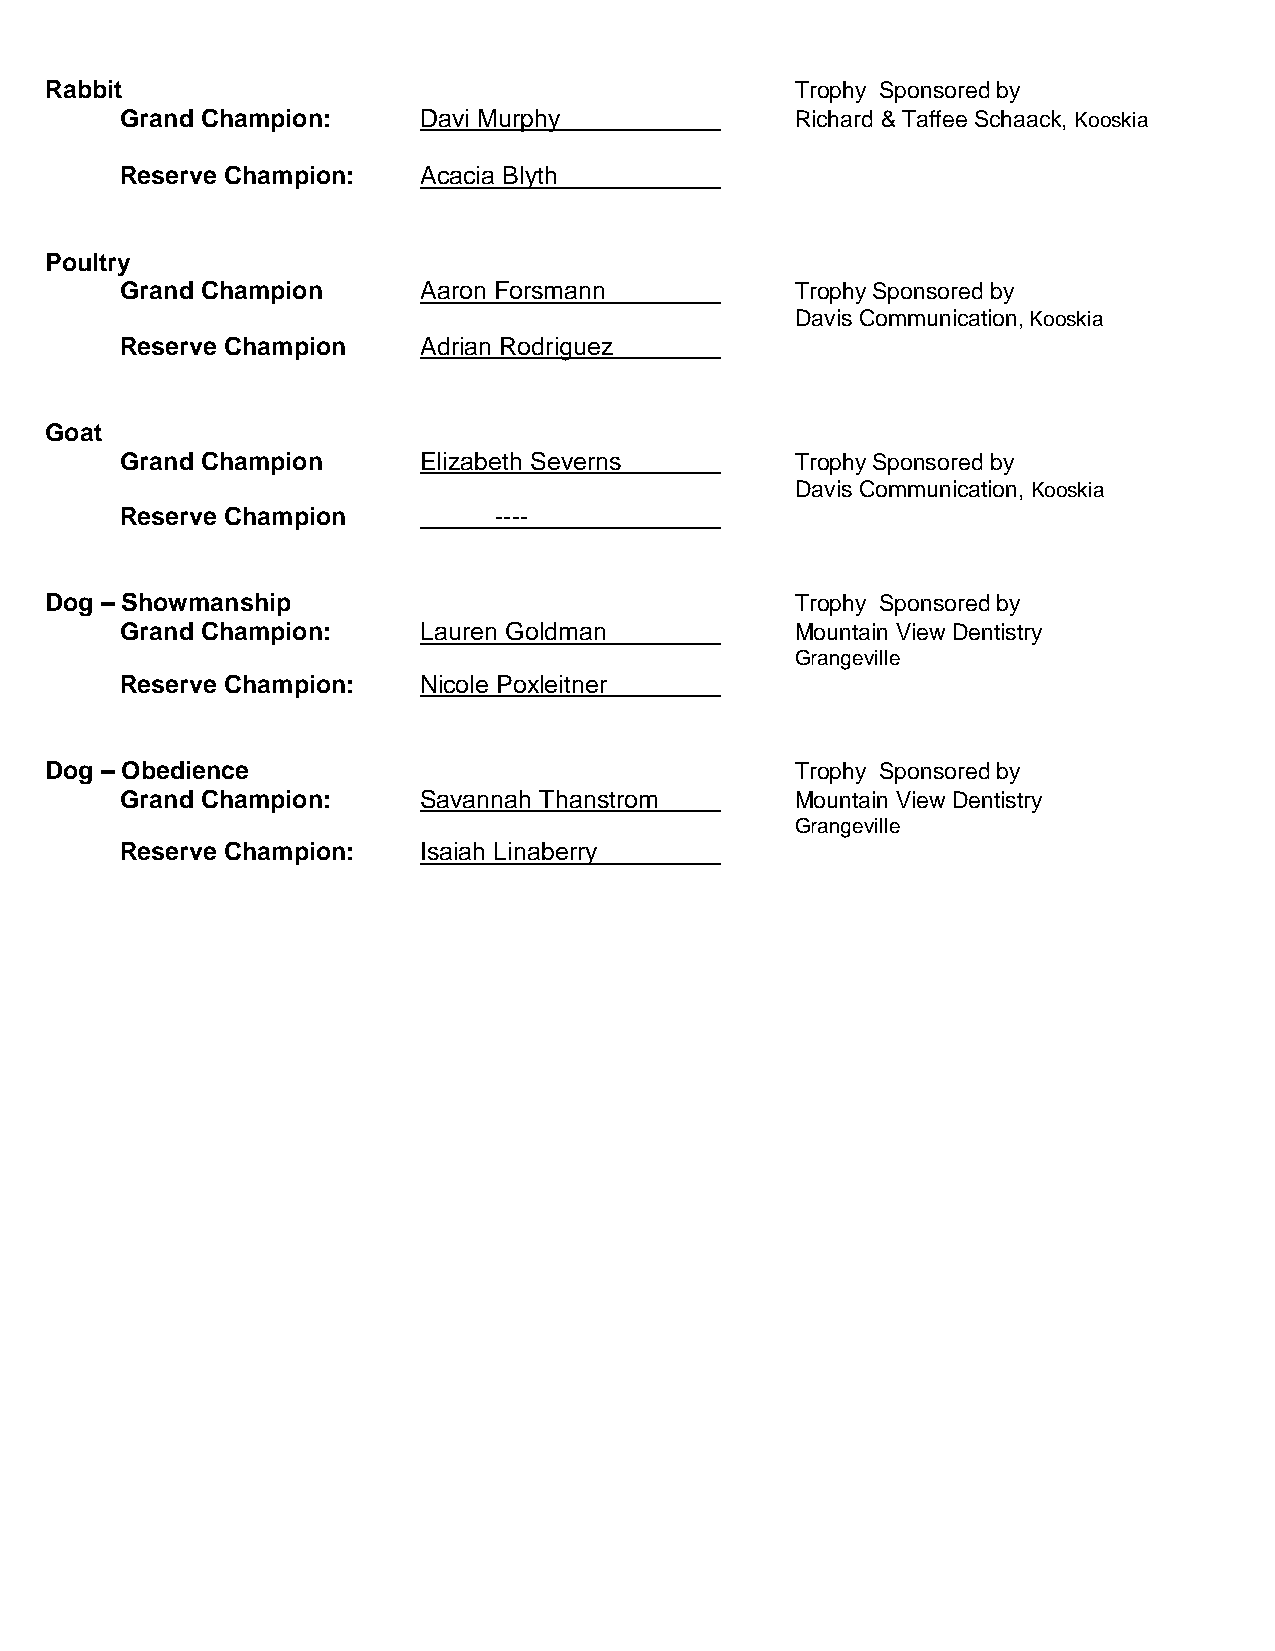
Rabbit                                            Trophy Sponsored by
 Grand Champion:     Davi Murphy              Richard & Taffee Schaack, Kooskia
 Reserve Champion:   Acacia Blyth
 Poultry
 Grand Champion      Aaron Forsmann           Trophy Sponsored by
 Davis Communication, Kooskia
 Reserve Champion    Adrian Rodriguez
 Goat
 Grand Champion      Elizabeth Severns        Trophy Sponsored by
 Davis Communication, Kooskia
 Reserve Champion         ----
 Dog – Showmanship                                 Trophy Sponsored by
 Grand Champion:     Lauren Goldman           Mountain View Dentistry
 Grangeville
 Reserve Champion:   Nicole Poxleitner
 Dog – Obedience                                   Trophy Sponsored by
 Grand Champion:     Savannah Thanstrom       Mountain View Dentistry
 Grangeville
 Reserve Champion:   Isaiah Linaberry